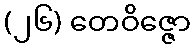
(၂၆) တေဝိဇ္ဇော